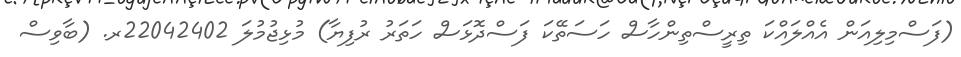
(ފަސްމިލިއަން އެއްލައްކަ ތިރީސްތިންހާސް ހަސަތޭކަ ފަސްދޮޅަސް ހަތަރު ރުފިޔާ) މުޅިޖުމުލަ 22042402ރ. (ބާވިސް